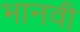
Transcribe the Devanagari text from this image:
भानवी